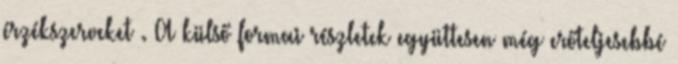
érzékszerveket . A külső formai részletek együttesen még erőteljesebbé